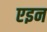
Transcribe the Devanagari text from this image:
एइन